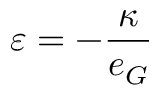
\varepsilon = - \frac { \kappa } { e _ { G } }